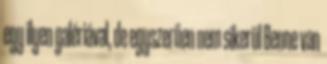
egy ilyen galériával, de egyszerűen nem sikerül Benne van